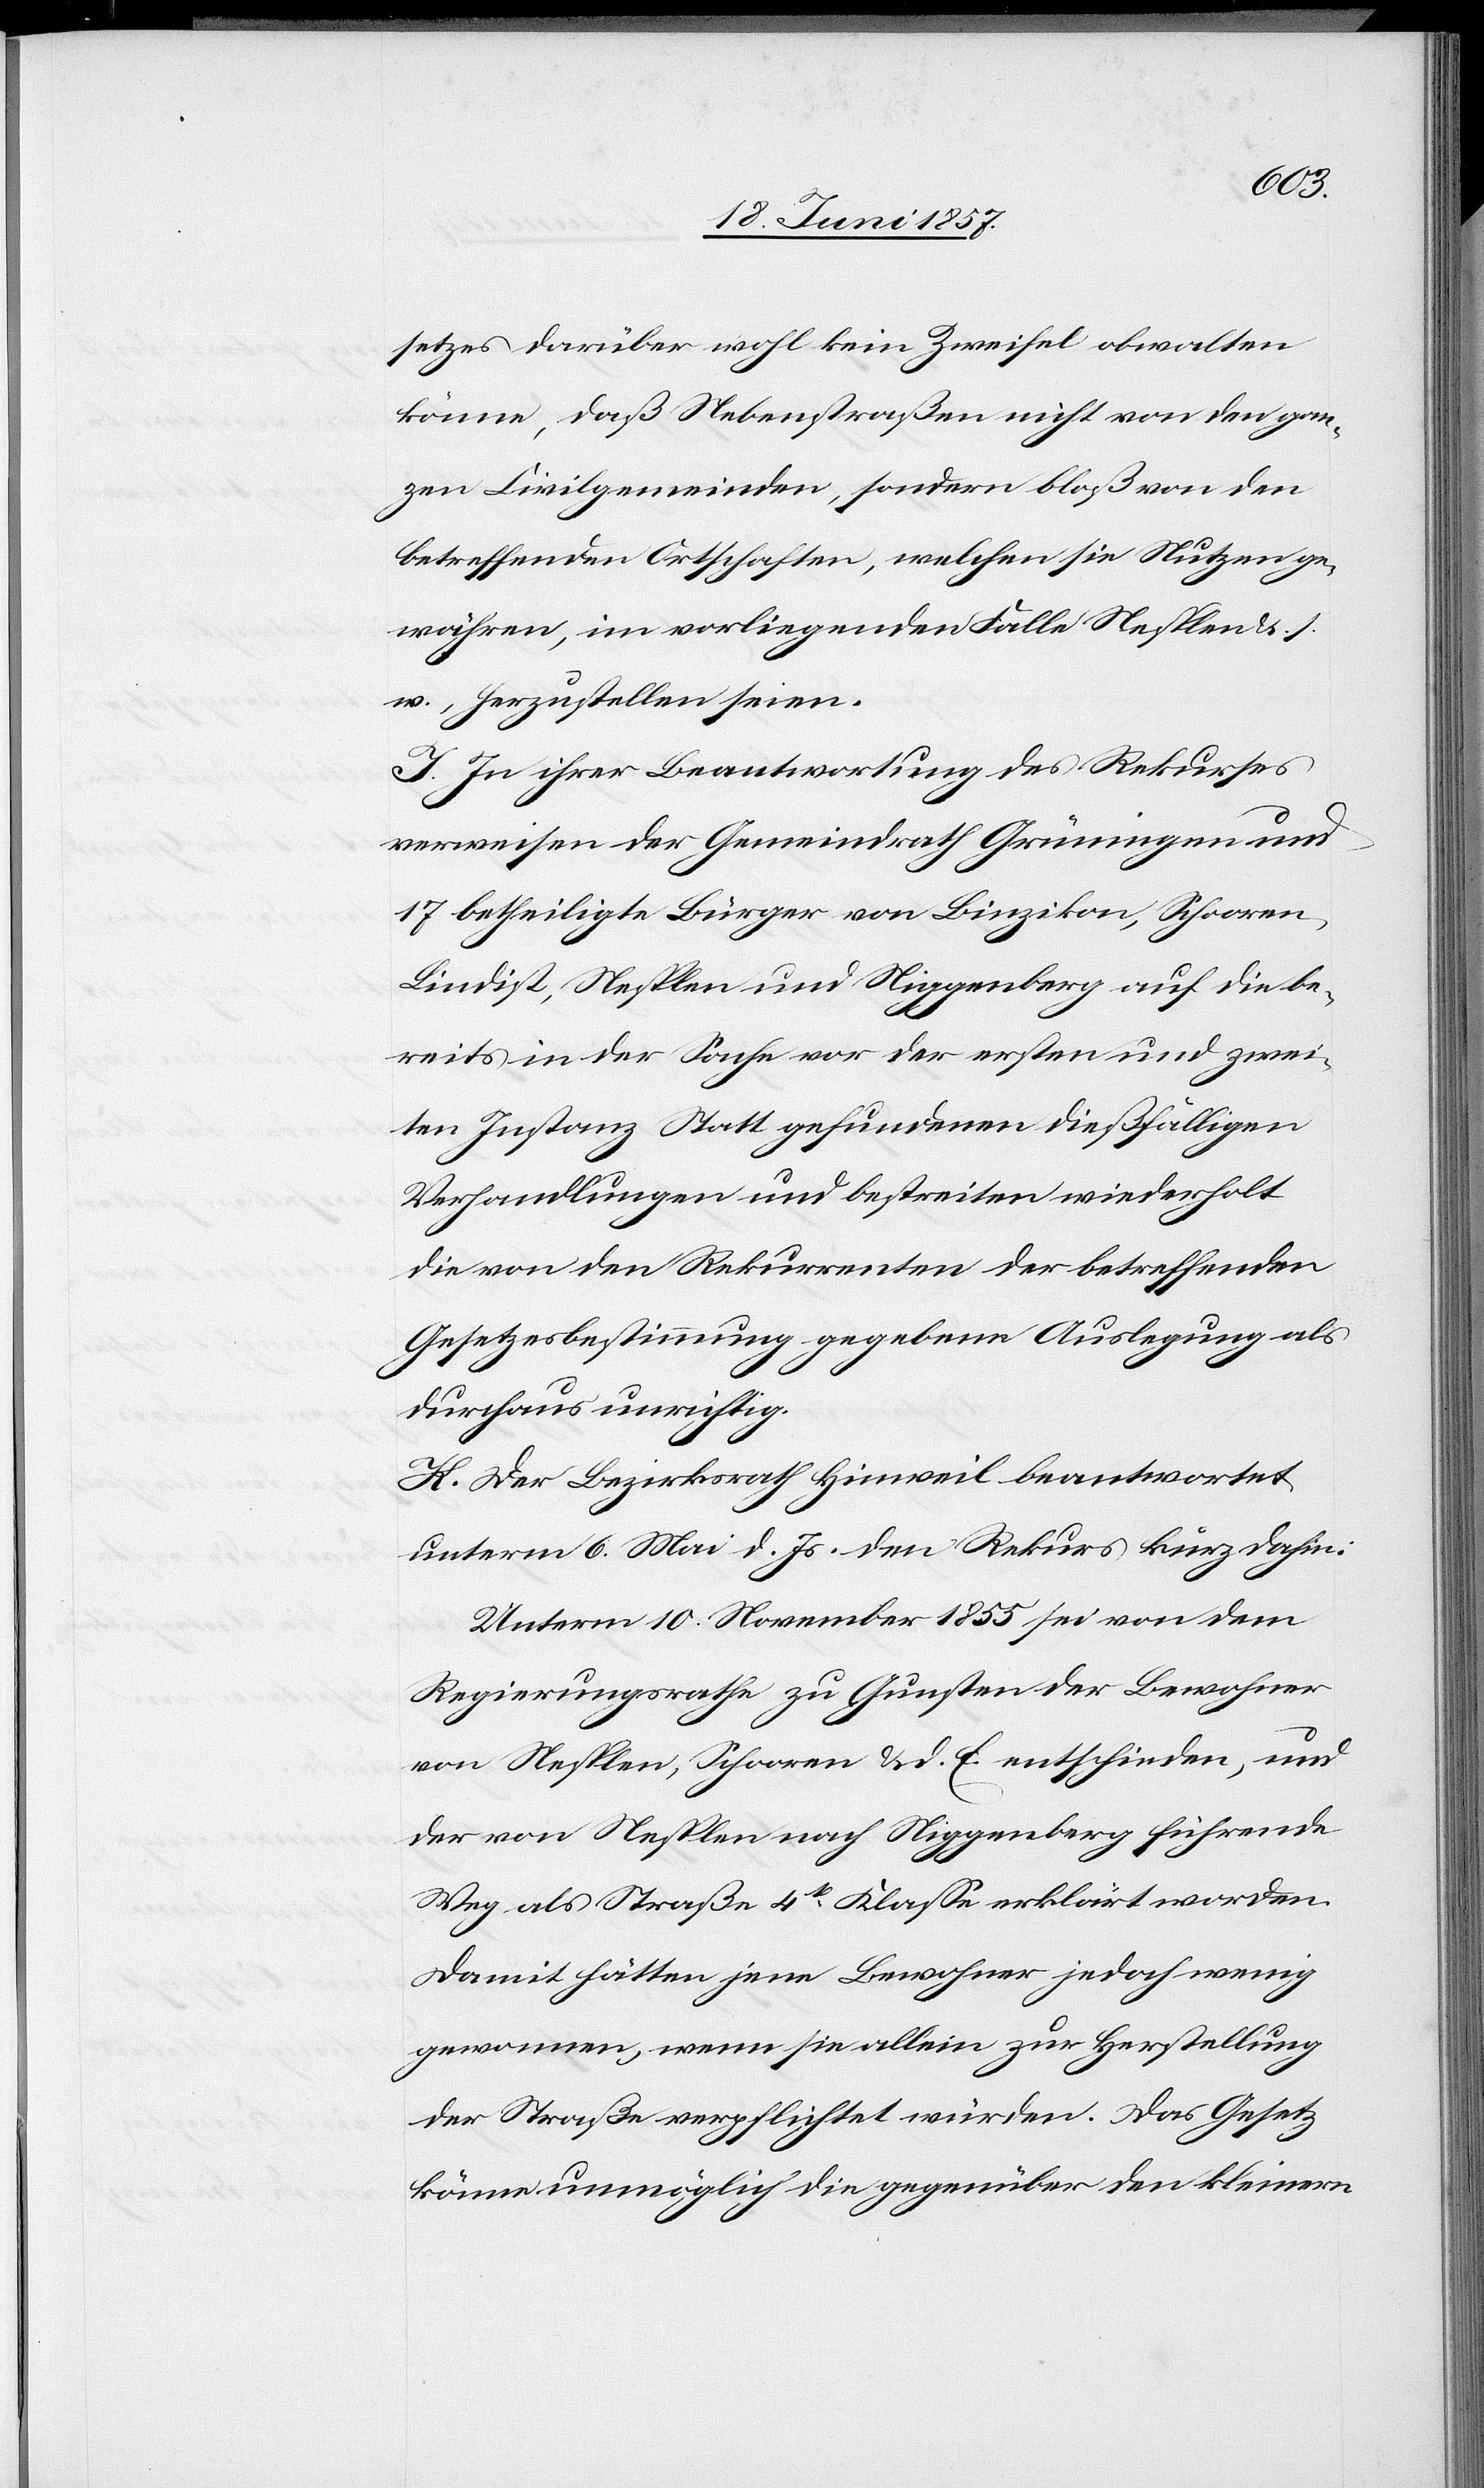
setzes darüber wohl kein Zweifel obwalten
könne, daß Nebenstraßen nicht von den gan¬
zen Civilgemeinden, sondern bloß von den
betreffenden Ortschaften, welchen sie Nutzen ge¬
währen, im vorliegenden Falle Nesplen &. s.
w., herzustellen seien.
J. In ihrer Beantwortung des Rekurses
verweisen der Gemeindrath Grüningen und
17 betheiligte Bürger von Binzikon, Schooren-L¬
indist, Nesplen und Niggenberg auf die be¬
reits in der Sache vor der ersten und zwei¬
ten Instanz Statt gefundenen dießfälligen
Verhandlungen und bestreiten wiederholt
die von den Rekurrenten der betreffenden
Gesetzesbestimmung gegebenen Auslegung als
durchaus unrichtig.
H. Der Bezirksrath Hinweil beantwortet
unterm 6 Mai d. Js. den Rekurs kurz dahin:
Unterm 10 November 1855 sei von dem
Regierungsrathe zu Gunsten der Bewohner
von Nesplen, Schooren &. d. E. entschieden, und
der von Nesplen nach Niggenberg führende
Weg als Straße 4tr Klasse erklärt worden.
Damit hätten jene Bewohner jedoch wenig
gewonnen, wenn sie allein zur Herstellung
der Straße verpflichtet würden. Das Gesetz
könne unmöglich die gegenüber den kleinern